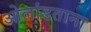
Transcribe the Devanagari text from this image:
ओलांडताना